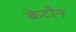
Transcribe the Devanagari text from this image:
केटोन